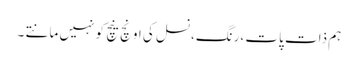
ہم ذات پات ،رنگ،نسل کی اونچ نیچ کو نہیں مانتے ۔